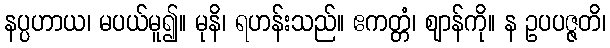
နပ္ပဟာယ၊ မပယ်မူ၍။ မုနိ၊ ရဟန်းသည်။ ဧကတ္တံ၊ ဈာန်ကို။ န ဥပပဇ္ဇတိ၊